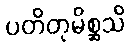
ပတိတုမိစ္ဆသိ